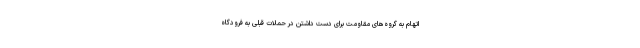
اتهام به گروه‌های مقاومت برای دست داشتن در حملات قبلی به فرودگاه